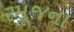
રમૂજના